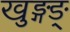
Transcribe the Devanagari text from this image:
खुङ्गङ्